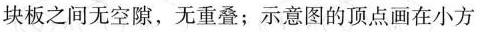
块板之间无空隙，无重叠；示意图的顶点画在小方格